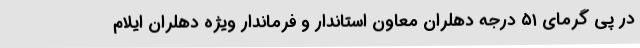
در پی گرمای ۵۱ درجه دهلران معاون استاندار و فرماندار ویژه دهلران ایلام